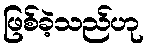
ဖြစ်ခဲ့သည်ဟု